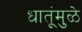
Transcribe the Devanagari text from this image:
धातूंमुळे